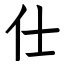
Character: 仕